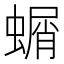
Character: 𮔱